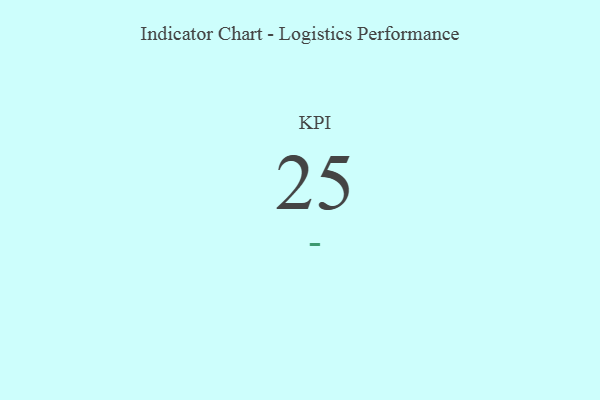
{"axis": {"x": "KPI", "y": "Value"}, "legend": [""], "data": [{"x": "KPI", "y": 25, "type": ""}]}